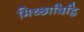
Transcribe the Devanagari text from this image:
मिच्छादिट्ठि